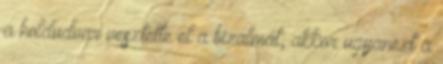
a holdudvar vesztette el a bizalmát, akkor ugyanezt a